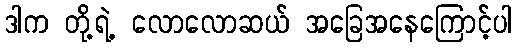
ဒါက တို့ရဲ့ လောလောဆယ် အခြေအနေကြောင့်ပါ